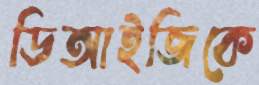
ডিআইজিকে